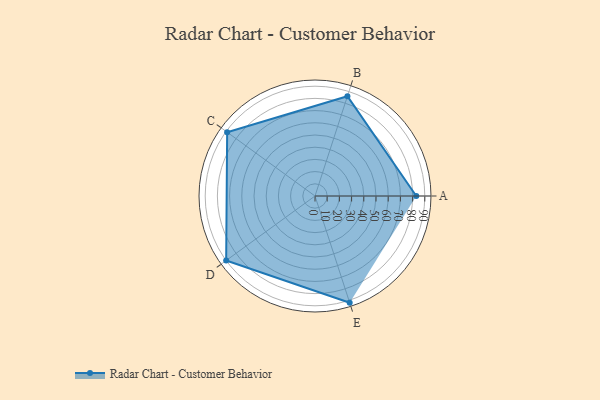
{"axis": {"x": "Skill", "y": "Score"}, "legend": ["Profile"], "data": [{"x": "A", "y": 83.0, "type": "Profile"}, {"x": "B", "y": 86.0, "type": "Profile"}, {"x": "C", "y": 89.0, "type": "Profile"}, {"x": "D", "y": 90.0, "type": "Profile"}, {"x": "E", "y": 92.0, "type": "Profile"}]}